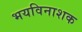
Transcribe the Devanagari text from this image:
भयविनाशक